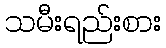
သမီးရည်းစား